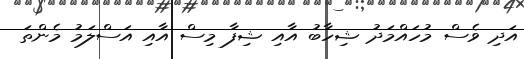
އަދި ވެސް މުހައްމަދު ޝިހާބު އާއި ޝިފާ މިސް އާއި އަސްލަމު މެންތަ